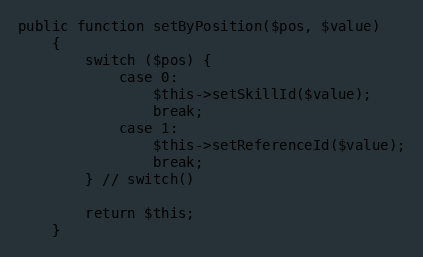
Language: PHP
public function setByPosition($pos, $value)
    {
        switch ($pos) {
            case 0:
                $this->setSkillId($value);
                break;
            case 1:
                $this->setReferenceId($value);
                break;
        } // switch()

        return $this;
    }